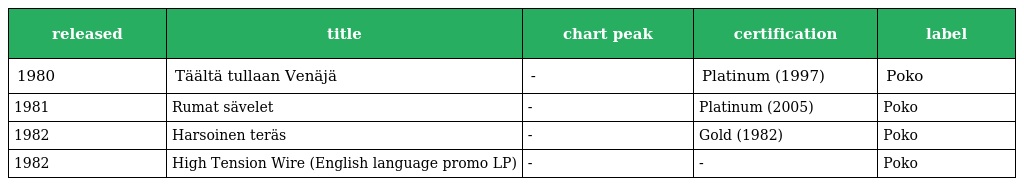
| released | title | chart peak | certification | label |
 | --- | --- | --- | --- | --- |
 | 1980 | Täältä tullaan Venäjä | - | Platinum (1997) | Poko |
 | 1981 | Rumat sävelet | - | Platinum (2005) | Poko |
 | 1982 | Harsoinen teräs | - | Gold (1982) | Poko |
 | 1982 | High Tension Wire (English language promo LP) | - | - | Poko |